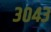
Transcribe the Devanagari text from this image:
३०४३